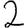
Digit: 2